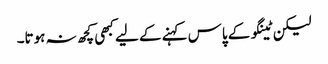
لیکن ٹینگو کے پاس کہنے کے لیے کبھی کچھ نہ ہوتا۔